Calcutta medical institutions reports 1871-78
Year: 1871
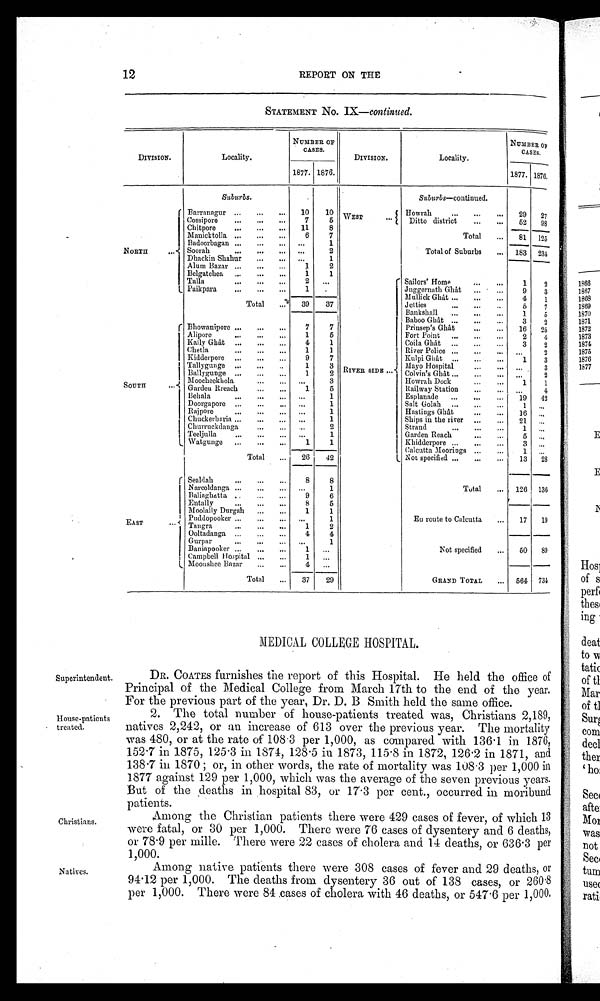
12
REPORT ON THE
STATEMENT No. IX—continued.
DIVISION.
Locality.
NUMBER OF
CASES.
DIVISION.
Locality.
NUMBER OF
CASES.
1877. 1876.
1877. 1876.
Suburbs.
Suburbs—continued.
NORTH
. . .
Barranagur ... ... ... 10
10 WEST . . .
Howrah
. . . . . . . . . 29 27
Cossipore ... ... ...
7
5
Ditto district
...
...
52 98
Chitpore ... ... ...
1 1
8
Total
...
8 1
125
Manicktolla ...
...
...
6
7
Badoorbagan ... ... ...
. . .
1
Soorah
...
...
. . . ...
2
Total of Suburbs
... 183 234
Dhackin Shahur ... ...
. . . 1
Alum Bazar ...
...
...
1
2
Belgatchea ...
...
...
1
1
Talla ... ... ...
2 . . .
RIVER SIDE ...
Sailors' Home
...
...
1
2
Paikpara
... ... ...
1
.
Juggernath Ghât
. . . . . .
9
3
T o t a l . . .
39
37
M u l l i c k G h â t
. . .
. . .
4
1
7
Jetties
... ... ...
5
Bankshall ... ... ...
1
5
S O U T H . . .
Bhowanipore ... ... ...
7
7
Baboo Ghât ... ... ...
3
2
Prinsep's Ghât ... ...
16 25
Alipore
...
...
...
1
5
Fort Point ... ... ...
2
4
Kally Ghât ... ... ...
4
1
Coila Ghât ... ... ...
3
2
Chetla ... ... ...
1
1
River Police ...
...
... ...
2
Kidderpore ... ... ...
9
7
Kulpi Ghât ... ... ...
1
3
Tallygunge ... ... ..
1
3
Mayo Hospital ... ...
. . .
3
Ballygunge ... ... ...
1
2
Colvin's Ghât ... ... ...
. . .
2
Moocheekhola ... ...
. . .
3
Howrah Dock ... ...
1 1
Garden Rreach ... ...
1
5
Railway Station ... ...
. . .
4
Behala ... ... ...
. . .
1
Esplanade ... ... ... 19 42
Doorgapore ... ... ... ...
1
Salt Golah ... ... ...
1
. . .
Rajpore ... ... ...
. . .
1
Hastings Ghât ... ...
16
. . .
Chuckerbaria ... ... ... ...
1
Ships in the river ... ...
21 . . .
Churruckdanga ... ...
. . .
2
1
. . .
Strand ... ... ...
T e e l j u l l a . . . . . . . . .
. . .
1
Garden Reach ... ...
5
. . .
Watgunge ... ... ...
1
1
Khidderpore ... ... ...
3
. . .
Calcutta Moorings ... ...
1
. . .
Total
...
26
42
Not specified ... ... ...
13 28
Sealdah ... ... ...
8
8
Total
... 126 136
Narcoldanga ... ... ... . . .
1
B a l i a g h a t t a . . . . . . . .
9
6
Entally ... ... ...
8
5
Moolally Durgah ... ... ...
1
1
EAST ... Puddopooker ... ... ...
. . .
1
En route to Calcutta ...
17 19
Tangra . . . . . . . . .
1
2
4
4
Ooltadanga ... ... ...
Not specified
...
50 89
Gurpar ... ... ...
. . .
1
Bani apooker . . . . . . . . .
1
. . .
Campbell Hospital ... ...
1
. . .
Mooushee Bazar ... ...
4
. . .
GRAND TOTAL . . . 564 734
Total
...
37
29
MEDICAL COLLEGE HOSPITAL.
Superintendent.
House-patients
treated.
Christians.
Natives.
DR. COATES furnishes the report of this Hospital. He held the office of
Principal of the Medical College from March 17th to the end of the year.
For the previous part of the year, Dr. D. B Smith held the same office.
2. The total number of house-patients treated was, Christians 2,189,
natives 2,242, or an increase of 613 over the previous year. The mortality
was 480, or at the rate of 108 . 3 per 1,000, as compared with 136·1 in 1876,
152 . 7 in 1875, 125 . 3 in 1874, 128 . 5 in 1873, 115 . 8 in 1872, 126 . 2 in 1871, and
138 .7 i n 1 8 7 0 ; o r , i n o t h e r wo r d s , t h e r a t e o f mo r t a l i t y wa s 1 0 8 · 3 p e r 1 , 0 0 0 i n
1877 against 129 per 1,000, which was the average of the seven previous years.
But of the deaths in hospital 83, or 17 . 3 per cent., occurred in moribund
patients.
Among the Christian patients there were 429 cases of fever, of which 13
were fatal, or 30 per 1,000. There were 76 cases of dysentery and 6 deaths,
or 78 . 9 per mille. There were 22 cases of cholera and 14 deaths, or 636 . 3 per
1.000.
Among native patients there were 308 cases of fever and 29 deaths, or
94 . 12 per 1,000. The deaths from dysentery 36 out of 138 cases, or 260·8
per 1,000. There were 84 cases of cholera with 46 deaths, or 547 . 6 per 1,000.